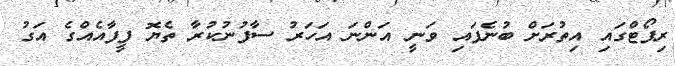
ރިޕޯޓްގައި އިތުރަށް ބުނެފައި ވަނީ އަންނަ އަހަރު ސާފުނުކުރާ ތެޔޮ ފީފާއެއްގެ އަގު